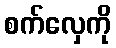
စက်လှေကို